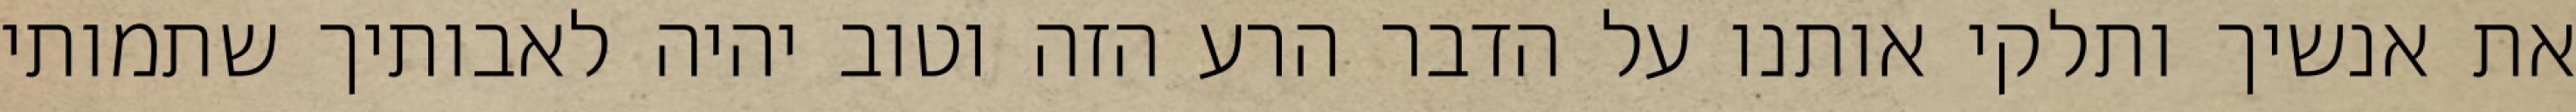
את אנשיך ותלקי אותנו על הדבר הרע הזה וטוב יהיה לאבותיך שתמותי